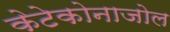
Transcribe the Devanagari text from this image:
केटेकोनाजोल